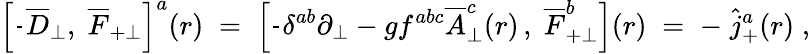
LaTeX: \left[\frac{}{}\overline{{{D}}}_{\perp},\; \overline{{{F}}}_{+\perp}\right]^{a}(r)\; =\; \left[\frac{}{}\delta^{ab}\partial_{\perp}-gf^{abc}\overline{{{A}}}_{\perp}^{c}(r)\, ,\; \overline{{{F}}}_{+\perp}^{b}\right](r)\; =\; -\; \widehat{j}_{+}^{a}(r)\; ,